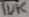
Text: 10K